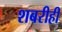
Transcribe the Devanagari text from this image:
शबरीही